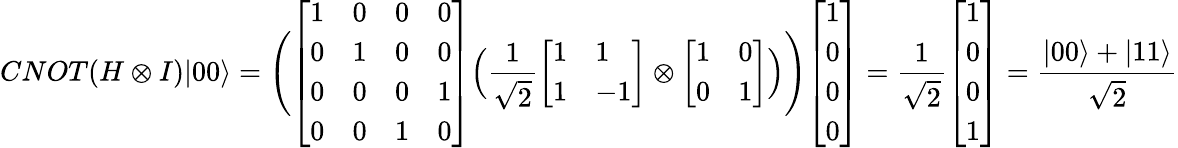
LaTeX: CNOT(H\otimes I)|00\rangle={\Bigg(}{\left[\begin{array}{llll}{1}&{0}&{0}&{0}\\ {0}&{1}&{0}&{0}\\ {0}&{0}&{0}&{1}\\ {0}&{0}&{1}&{0}\end{array}\right]}{\Big(}{\frac{1}{\sqrt{2}}}{\left[\begin{array}{ll}{1}&{1}\\ {1}&{-1}\end{array}\right]}\otimes{\left[\begin{array}{ll}{1}&{0}\\ {0}&{1}\end{array}\right]}{\Big)}{\Bigg)}{\left[\begin{array}{l}{1}\\ {0}\\ {0}\\ {0}\end{array}\right]}={\frac{1}{\sqrt{2}}}{\left[\begin{array}{l}{1}\\ {0}\\ {0}\\ {1}\end{array}\right]}={\frac{|00\rangle+|11\rangle}{\sqrt{2}}}